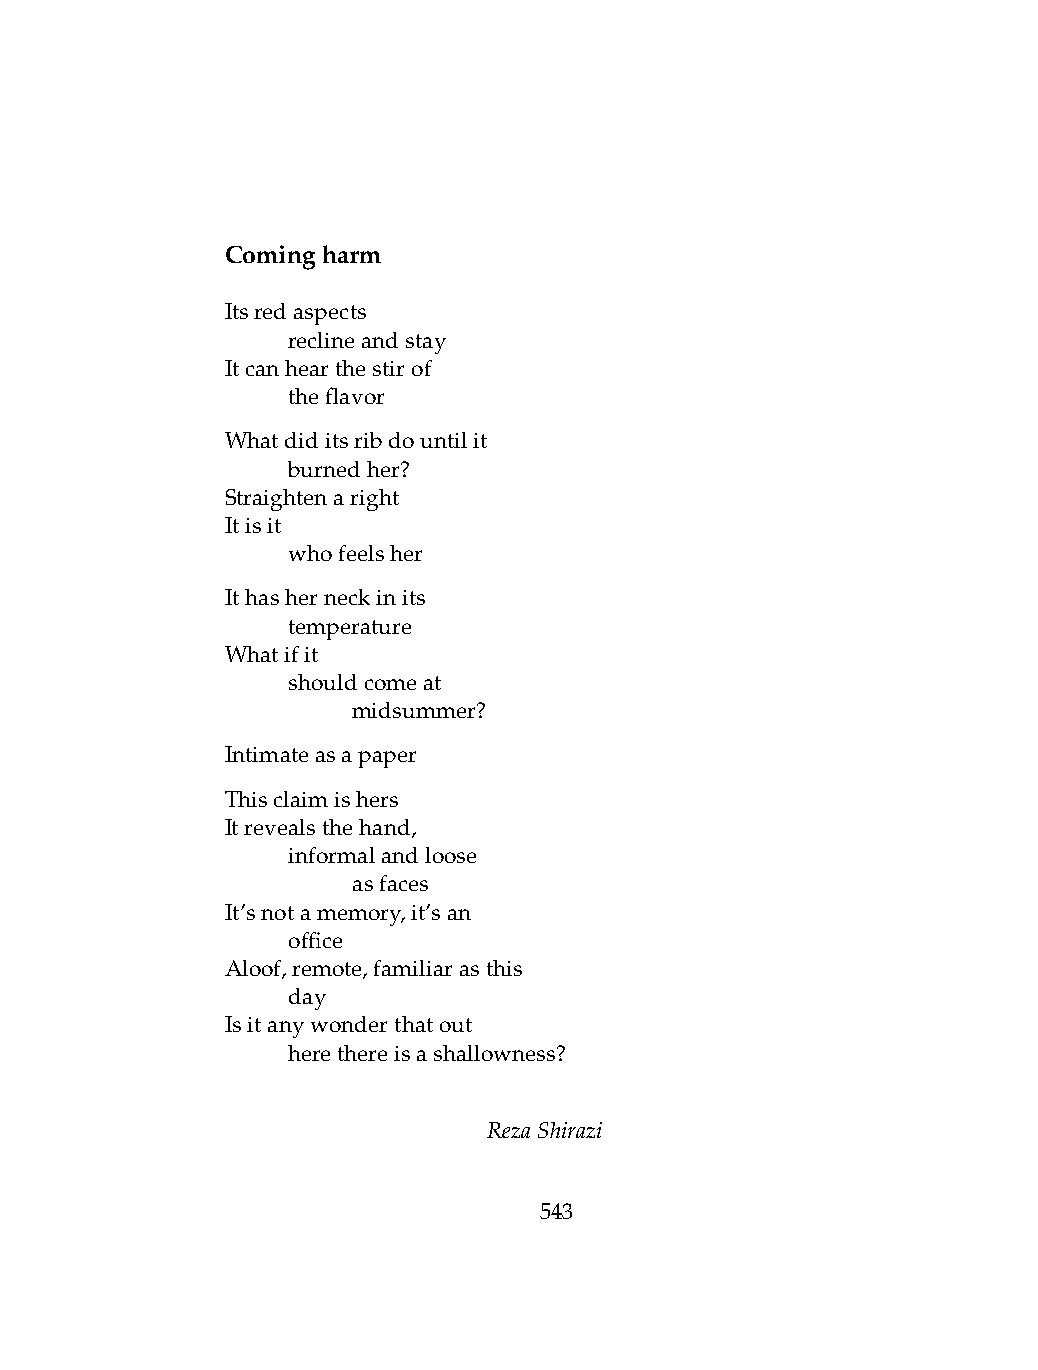
Comingharm
 Itsredaspects
 .   reclineandstay
 Itcanhearthestirof
 .   theflavor
 Whatdiditsribdountilit
 .   burnedher?
 Straightenaright
 Itisit
 .   whofeelsher
 Ithasherneckinits
 .   temperature
 Whatifit
 .   shouldcomeat
 .   .   midsummer?
 Intimateasapaper
 Thisclaimishers
 Itrevealsthehand,
 .   informalandloose
 .   .   asfaces
 It’snotamemory,it’san
 .   office
 Aloof,remote,familiarasthis
 .   day
 Isitanywonderthatout
 .   herethereisashallowness?
 RezaShirazi
 543